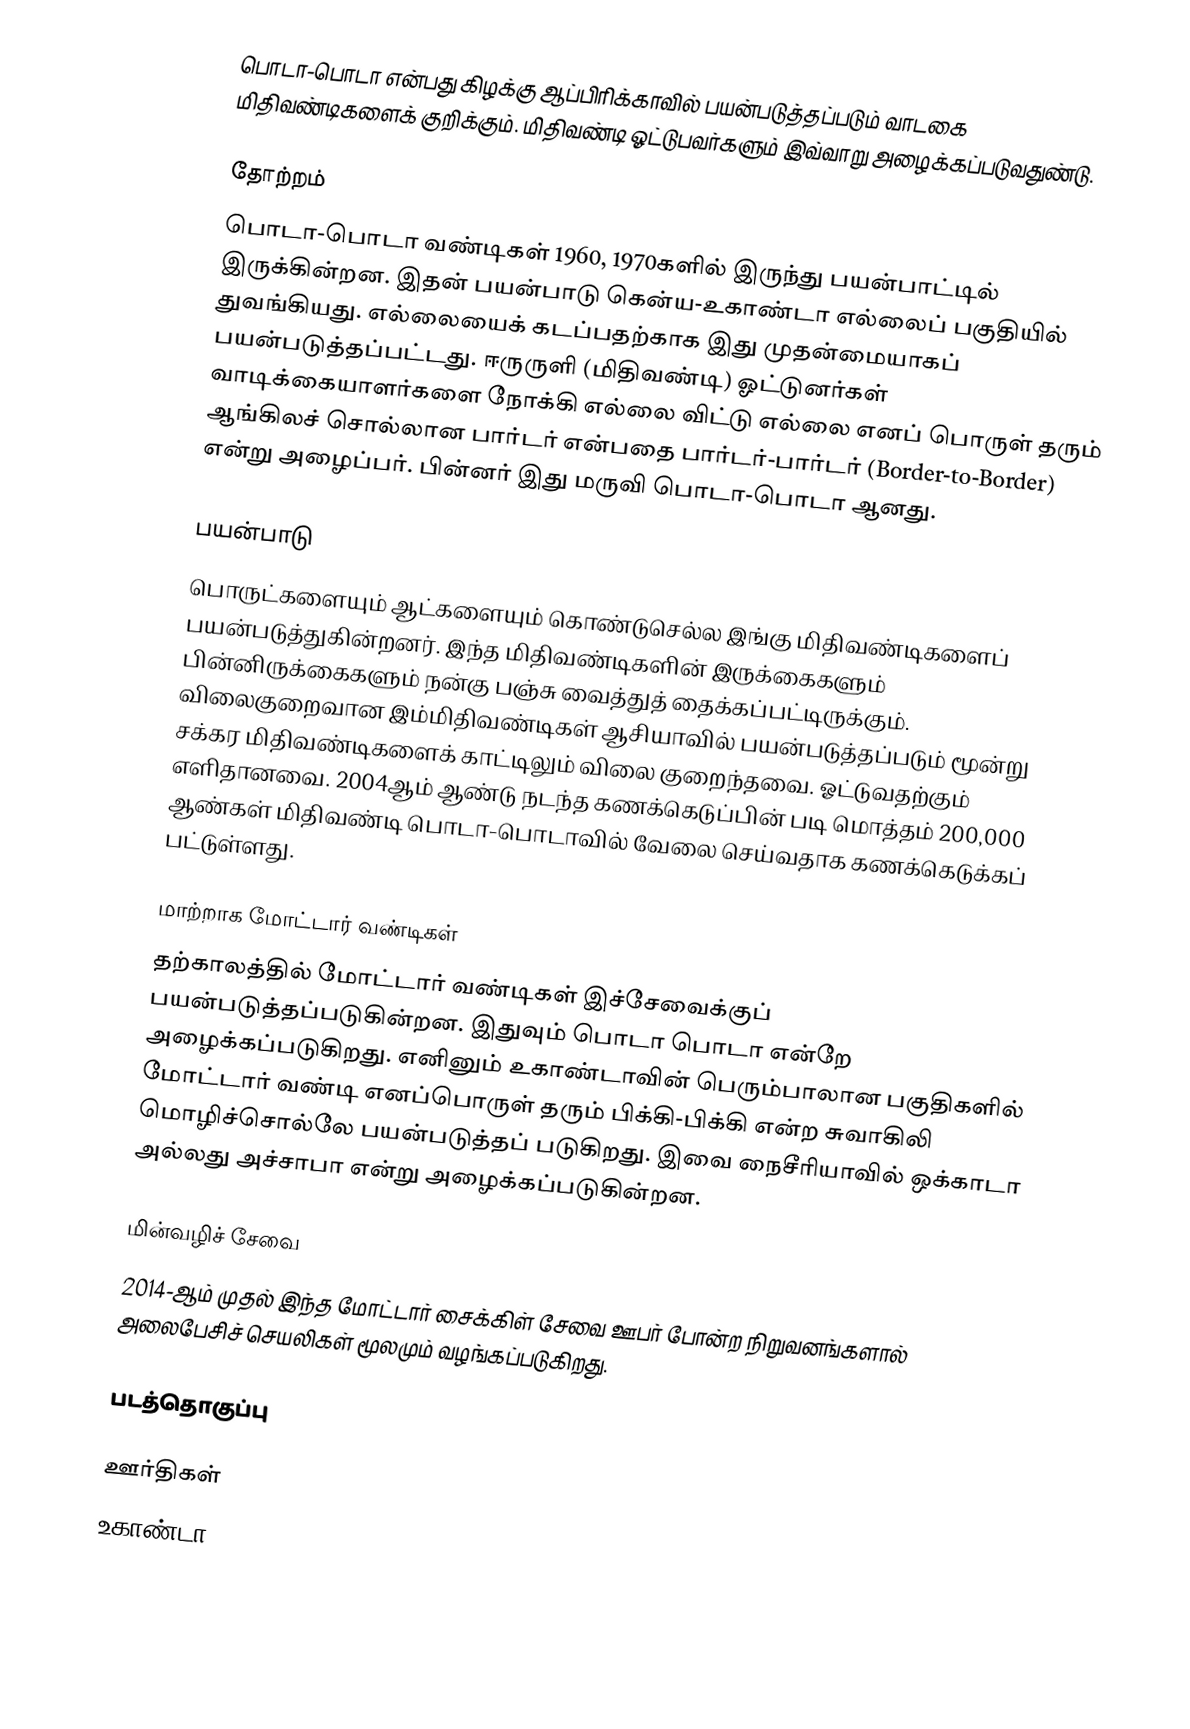
பொடா-பொடா என்பது கிழக்கு ஆப்பிரிக்காவில் பயன்படுத்தப்படும் வாடகை மிதிவண்டிகளைக் குறிக்கும். மிதிவண்டி ஓட்டுபவர்களும் இவ்வாறு அழைக்கப்படுவதுண்டு.

தோற்றம்
பொடா-பொடா வண்டிகள் 1960, 1970களில் இருந்து பயன்பாட்டில் இருக்கின்றன. இதன் பயன்பாடு கென்ய-உகாண்டா எல்லைப் பகுதியில் துவங்கியது. எல்லையைக் கடப்பதற்காக இது முதன்மையாகப் பயன்படுத்தப்பட்டது. ஈருருளி (மிதிவண்டி) ஓட்டுனர்கள் வாடிக்கையாளர்களை நோக்கி எல்லை விட்டு எல்லை எனப் பொருள் தரும் ஆங்கிலச் சொல்லான பார்டர் என்பதை பார்டர்-பார்டர் (Border-to-Border) என்று அழைப்பர். பின்னர் இது மருவி பொடா-பொடா ஆனது.

பயன்பாடு
பொருட்களையும் ஆட்களையும் கொண்டுசெல்ல இங்கு மிதிவண்டிகளைப் பயன்படுத்துகின்றனர். இந்த மிதிவண்டிகளின் இருக்கைகளும் பின்னிருக்கைகளும் நன்கு பஞ்சு வைத்துத் தைக்கப்பட்டிருக்கும். விலைகுறைவான இம்மிதிவண்டிகள் ஆசியாவில் பயன்படுத்தப்படும் மூன்று சக்கர மிதிவண்டிகளைக் காட்டிலும் விலை குறைந்தவை. ஓட்டுவதற்கும் எளிதானவை. 2004ஆம் ஆண்டு நடந்த கணக்கெடுப்பின் படி மொத்தம் 200,000 ஆண்கள் மிதிவண்டி பொடா-பொடாவில் வேலை செய்வதாக கணக்கெடுக்கப் பட்டுள்ளது.

மாற்றாக மோட்டார் வண்டிகள்
தற்காலத்தில் மோட்டார் வண்டிகள் இச்சேவைக்குப் பயன்படுத்தப்படுகின்றன. இதுவும் பொடா பொடா என்றே அழைக்கப்படுகிறது. எனினும் உகாண்டாவின் பெரும்பாலான பகுதிகளில் மோட்டார் வண்டி எனப்பொருள் தரும் பிக்கி-பிக்கி என்ற சுவாகிலி மொழிச்சொல்லே பயன்படுத்தப் படுகிறது. இவை நைசீரியாவில் ஒக்காடா அல்லது அச்சாபா என்று அழைக்கப்படுகின்றன.

மின்வழிச் சேவை
2014-ஆம் முதல் இந்த மோட்டார் சைக்கிள் சேவை ஊபர் போன்ற நிறுவனங்களால் அலைபேசிச் செயலிகள் மூலமும் வழங்கப்படுகிறது.

படத்தொகுப்பு

ஊர்திகள்
உகாண்டா